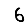
Digit: 6